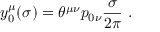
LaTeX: y _ { 0 } ^ { \mu } ( \sigma ) = \theta ^ { \mu \nu } p _ { 0 \nu } \frac { \sigma } { 2 \pi } ~ .